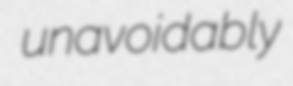
unavoidably